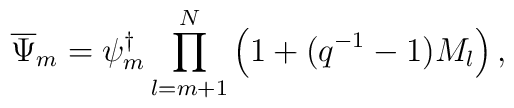
\overline{\Psi}_{m}=\psi_{m}^{\dagger}\prod_{l=m+1}^{N}\left(1+(q^{-1}-1) M_{l}\right),